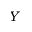
Y